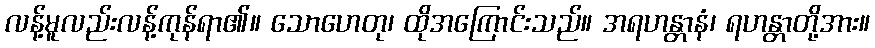
လန့်မူလည်းလန့်ကုန်ရာ၏။ သောဟေတု၊ ထိုအကြောင်းသည်။ အရဟန္တာနံ၊ ရဟန္တာတို့အား။